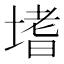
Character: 𭏎